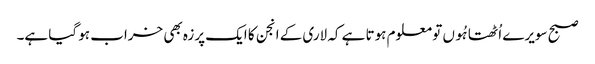
صبح سویرے اُٹھتا ہُوں تو معلوم ہوتا ہے کہ لاری کے انجن کا ایک پرزہ بھی خراب ہو گیا ہے۔